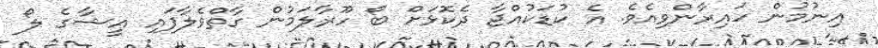
އިނުމުން ހައިރާންވިއެވެ. އެ ކުޑަކުއްޖާ ދެކޮޅަށް ބޯ ހޫރާލަމުން ގާތްވެލާފައި އީޝާގެ ލޯ